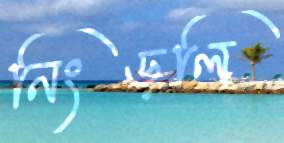
নিংড়লি